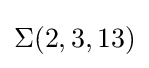
\Sigma (2,3,13)